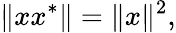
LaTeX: \| xx^{*}\| =\| x\| ^{2},